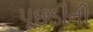
પૂછડીની